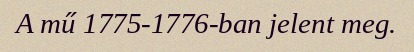
A mű 1775-1776-ban jelent meg.